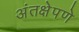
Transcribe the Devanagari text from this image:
अंतक्षेपणे